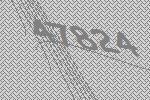
47824